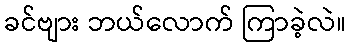
ခင်ဗျား ဘယ်လောက် ကြာခဲ့လဲ။